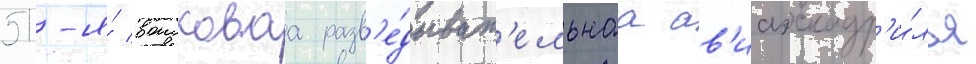
51-я́ воисковаа разв'е́дыват'ельнаа ав'иаэскадр'и́лья